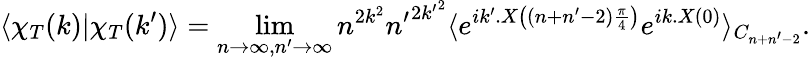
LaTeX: \langle\chi_{T}(k)|\chi_{T}(k^{\prime})\rangle=\operatorname*{lim}_{n\to\infty,n^{\prime}\to\infty}n^{2k^{2}}{n^{\prime}}^{2{k^{\prime}}^{2}}\langle e^{ik^{\prime}.X\left((n+n^{\prime}-2)\frac{\pi}{4}\right)}e^{ik.X(0)}\rangle_{C_{n+n^{\prime}-2}}.